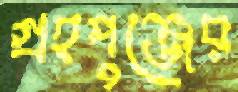
গ্রহপুঞ্জের